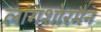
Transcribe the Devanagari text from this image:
लांगशोरमैन